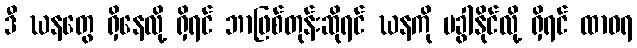
ဒီ ဃနတွေ ရှိနေလို့ ရှိရင် ဘာဖြစ်တုန်းဆိုရင် ဃနကို မခွါနိုင်လို့ ရှိရင် ထာဝရ